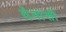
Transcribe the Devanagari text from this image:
देवांसी